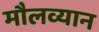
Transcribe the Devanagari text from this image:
मौलव्यान